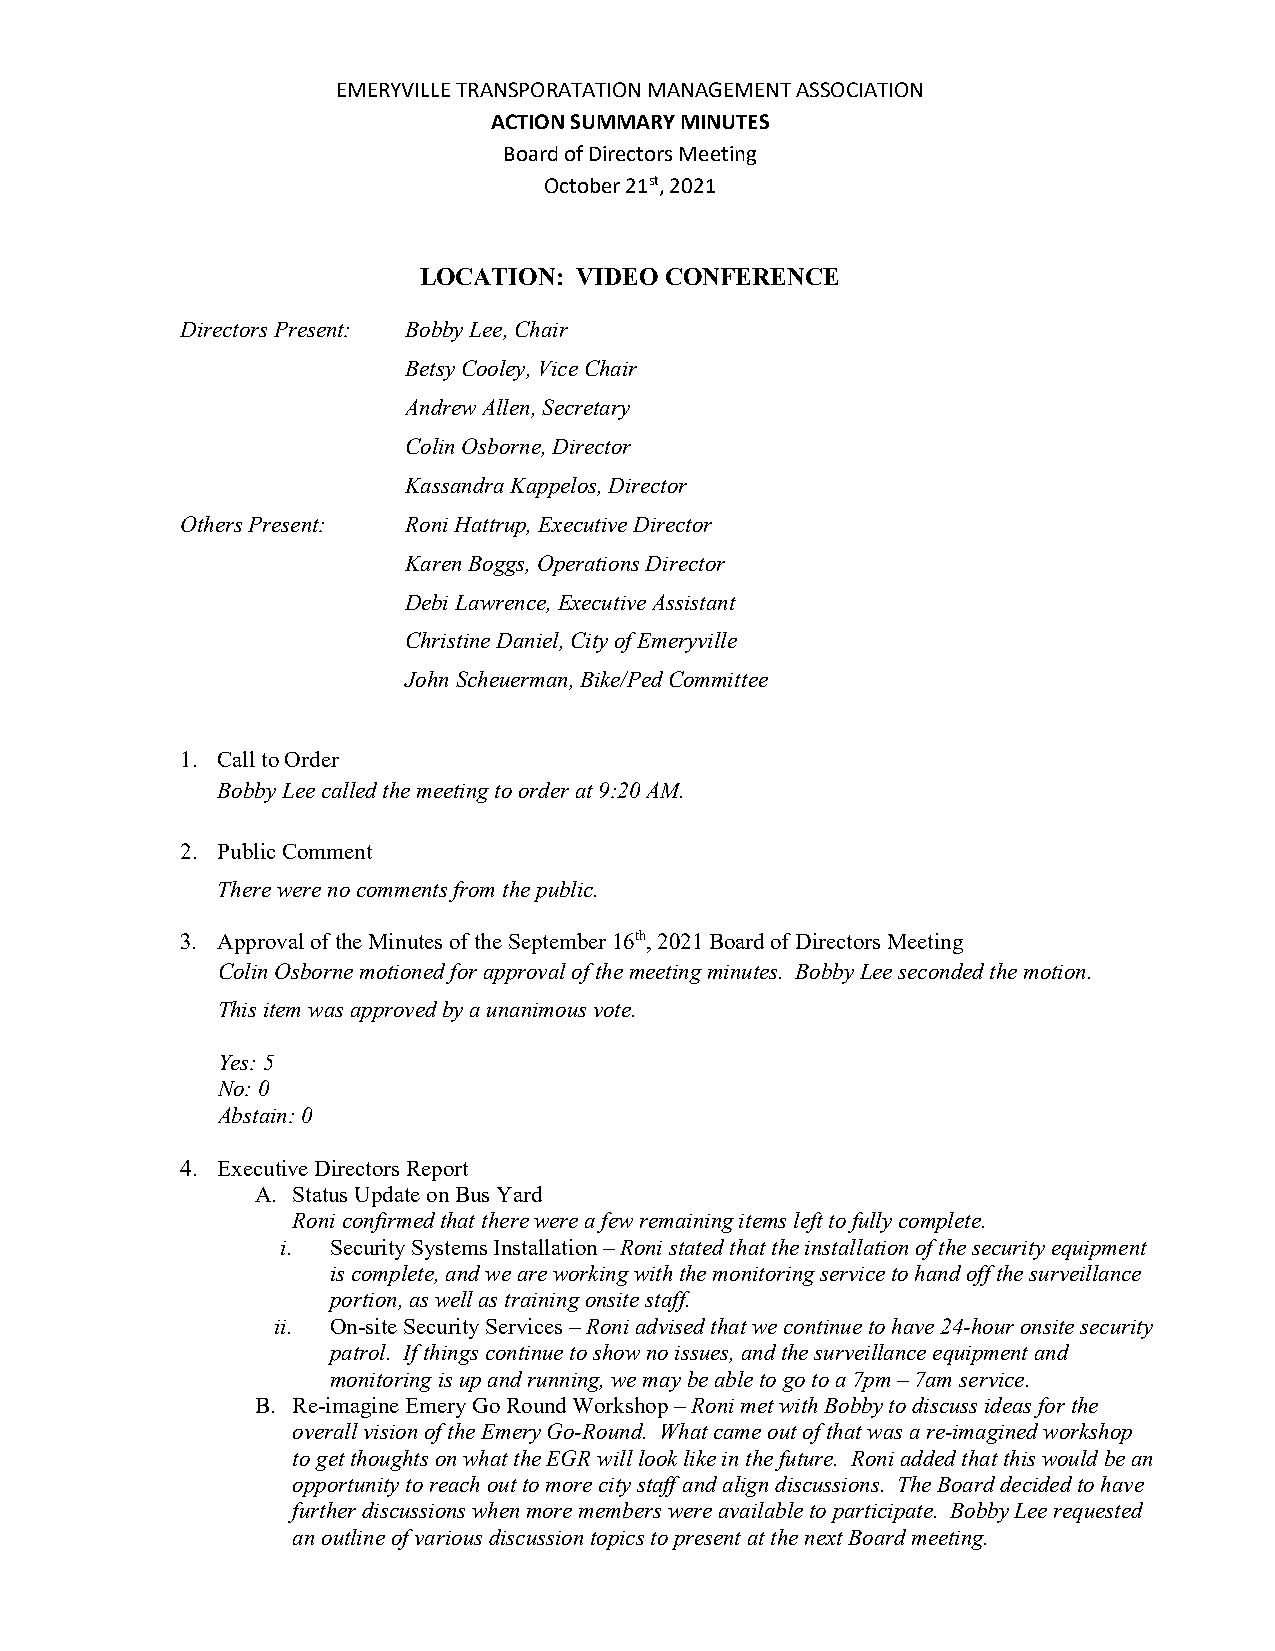
EMERYVILLE TRANSPORATATION MANAGEMENT ASSOCIATION
 ACTION SUMMARY MINUTES
 Board of Directors Meeting
 October 21st, 2021
 LOCATION: VIDEO CONFERENCE
 Directors Present: Bobby Lee, Chair
 Betsy Cooley, Vice Chair
 Andrew Allen, Secretary
 Colin Osborne, Director
 Kassandra Kappelos, Director
 Others Present: Roni Hattrup, Executive Director
 Karen Boggs, Operations Director
 Debi Lawrence, Executive Assistant
 Christine Daniel, City of Emeryville
 John Scheuerman, Bike/Ped Committee
 1. Call to Order
 Bobby Lee called the meeting to order at 9:20 AM.
 2. Public Comment
 There were no comments from the public.
 3. Approval of the Minutes of the September 16th, 2021 Board of Directors Meeting
 Colin Osborne motioned for approval of the meeting minutes. Bobby Lee seconded the motion.
 This item was approved by a unanimous vote.
 Yes: 5
 No: 0
 Abstain: 0
 4. Executive Directors Report
 A. Status Update on Bus Yard
 Roni confirmed that there were a few remaining items left to fully complete.
 i. Security Systems Installation – Roni stated that the installation of the security equipment
 is complete, and we are working with the monitoring service to hand off the surveillance
 portion, as well as training onsite staff.
 ii. On-site Security Services – Roni advised that we continue to have 24-hour onsite security
 patrol. If things continue to show no issues, and the surveillance equipment and
 monitoring is up and running, we may be able to go to a 7pm – 7am service.
 B. Re-imagine Emery Go Round Workshop – Roni met with Bobby to discuss ideas for the
 overall vision of the Emery Go-Round. What came out of that was a re-imagined workshop
 to get thoughts on what the EGR will look like in the future. Roni added that this would be an
 opportunity to reach out to more city staff and align discussions. The Board decided to have
 further discussions when more members were available to participate. Bobby Lee requested
 an outline of various discussion topics to present at the next Board meeting.